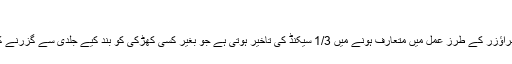
)
[Mod] آئیکن سے کھولی جانے پر براؤزر کے طرز عمل میں متعارف ہونے میں 1/3 سیکنڈ کی تاخیر ہوتی ہے جو بغیر کسی کھڑکی کو بند کیے جلدی سے گزرنے کی سہولت دیتی ہے۔